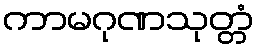
ကာမဂုဏသုတ္တံ